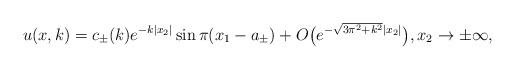
LaTeX: \begin{align*}u(x,k)=c_\pm(k)e^{-k|x_2|}\sin\pi(x_1-a_\pm) + O\big(e^{-\sqrt{3\pi^2+k^2}|x_2|}\big),x_2\to\pm\infty,\end{align*}